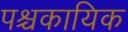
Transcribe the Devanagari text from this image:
पश्चकायिक